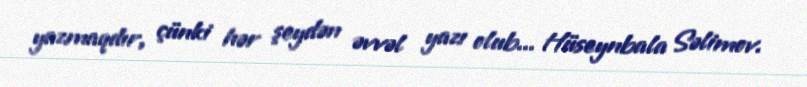
yazmaqdır, çünki hər şeydən əvvəl yazı olub... Hüseynbala Səlimov.